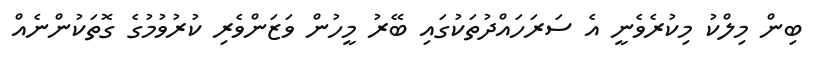
ބިން މިލްކު މިކުރެވެނީ އެ ސަރަހައްދުތަކުގައި ބޭރު މީހުން ވަޒަންވެރި ކުރުވުމުގެ ގޮތަކުންނެއް